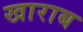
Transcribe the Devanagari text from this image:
खाराब